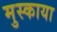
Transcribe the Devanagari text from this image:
मुस्काया